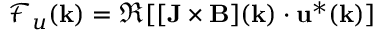
\mathcal { F } _ { u } ( { \bf k } ) = \Re [ { \bf [ J \times B ] ( k ) } \cdot { \bf u ^ { * } ( k ) } ]